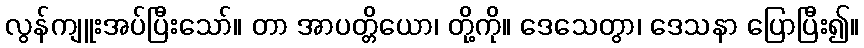
လွန်ကျူးအပ်ပြီးသော်။ တာ အာပတ္တိယော၊ တို့ကို။ ဒေသေတွာ၊ ဒေသနာ ပြောပြီး၍။